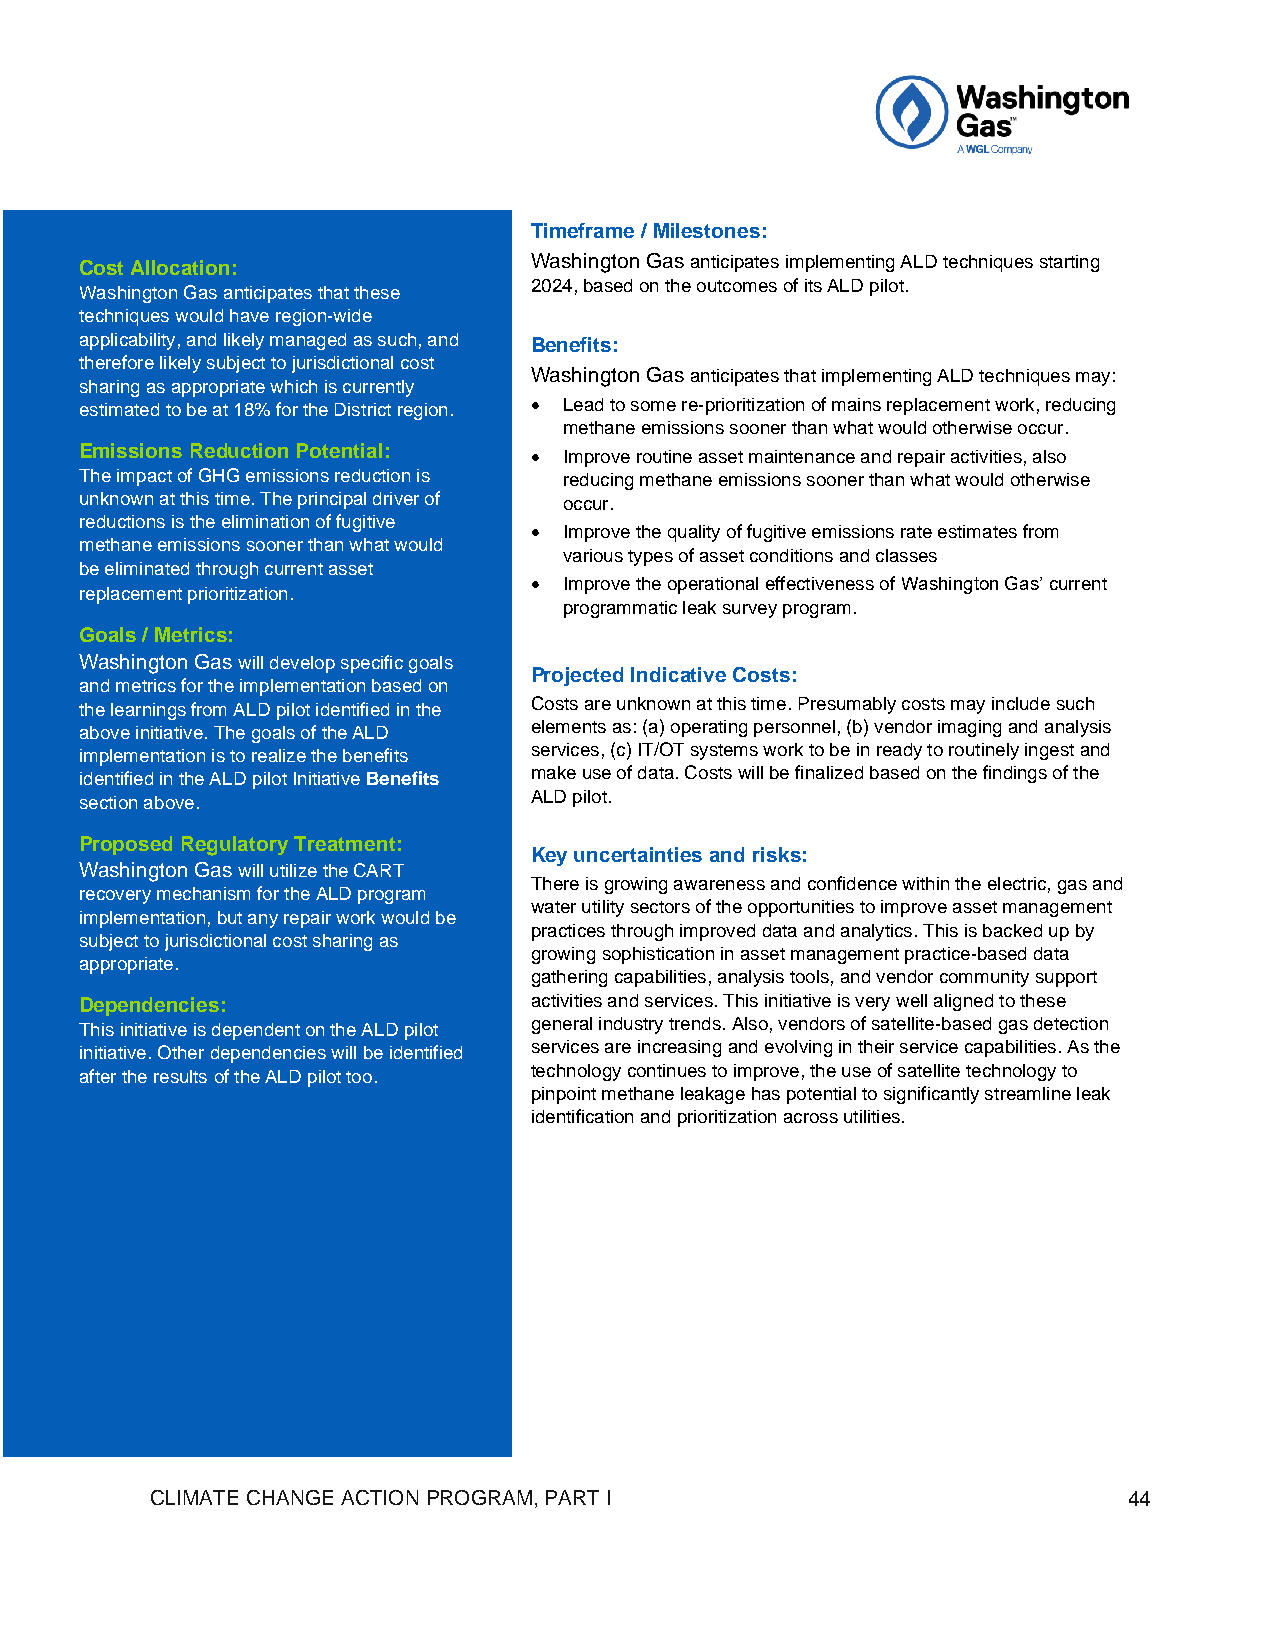
Timeframe / Milestones:
 Cost Allocation:              Washington Gas anticipates implementing ALD techniques starting
 2024, based on the outcomes of its ALD pilot.
 Washington Gas anticipates that these
 techniques would have region-wide
 applicability, and likely managed as such, and Benefits:
 therefore likely subject to jurisdictional cost
 Washington Gas anticipates that implementing ALD techniques may:
 sharing as appropriate which is currently
 estimated to be at 18% for the District region. • Lead to some re-prioritization of mains replacement work, reducing
 methane emissions sooner than what would otherwise occur.
 Emissions Reduction Potential:
 • Improve routine asset maintenance and repair activities, also
 The impact of GHG emissions reduction is reducing methane emissions sooner than what would otherwise
 unknown at this time. The principal driver of occur.
 reductions is the elimination of fugitive
 • Improve the quality of fugitive emissions rate estimates from
 methane emissions sooner than what would
 various types of asset conditions and classes
 be eliminated through current asset
 replacement prioritization.
 • Improve the operational effectiveness of Washington Gas’ current
 programmatic leak survey program.
 Goals / Metrics:
 Washington Gas will develop specific goals
 Projected Indicative Costs:
 and metrics for the implementation based on
 the learnings from ALD pilot identified in the Costs are unknown at this time. Presumably costs may include such
 above initiative. The goals of the ALD elements as: (a) operating personnel, (b) vendor imaging and analysis
 implementation is to realize the benefits services, (c) IT/OT systems work to be in ready to routinely ingest and
 identified in the ALD pilot Initiative Benefits make use of data. Costs will be finalized based on the findings of the
 section above.                ALD pilot.
 Proposed Regulatory Treatment:
 Key uncertainties and risks:
 Washington Gas will utilize the CART
 There is growing awareness and confidence within the electric, gas and
 recovery mechanism for the ALD program
 water utility sectors of the opportunities to improve asset management
 implementation, but any repair work would be
 practices through improved data and analytics. This is backed up by
 subject to jurisdictional cost sharing as
 growing sophistication in asset management practice-based data
 appropriate.
 gathering capabilities, analysis tools, and vendor community support
 Dependencies:                 activities and services. This initiative is very well aligned to these
 This initiative is dependent on the ALD pilot general industry trends. Also, vendors of satellite-based gas detection
 initiative. Other dependencies will be identified services are increasing and evolving in their service capabilities. As the
 after the results of the ALD pilot too. technology continues to improve, the use of satellite technology to
 pinpoint methane leakage has potential to significantly streamline leak
 identification and prioritization across utilities.
 CLIMATE CHANGE ACTION PROGRAM, PART I                            44